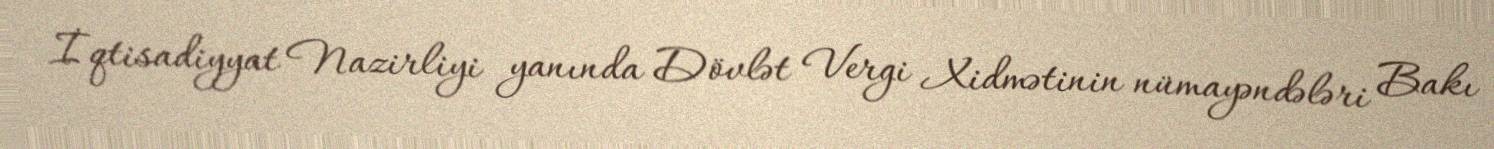
İqtisadiyyat Nazirliyi yanında Dövlət Vergi Xidmətinin nümayəndələri Bakı